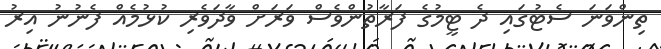
ތިންވަނަ ސެޓުގައި ދެ ޓީމުގެ ފަރާތުންވެސް ވަރަށް ވާދަވެރި ކުޅުމެއް ފެނުނު އިރު